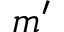
m ^ { \prime }